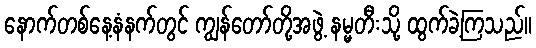
နောက်တစ်နေ့နံနက်တွင် ကျွန်တော်တို့အဖွဲ့ နမ္မတီးသို့ ထွက်ခဲ့ကြသည်။